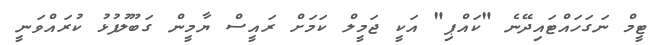
ޓީމް ނަގަހައްޓައިދޭނެ "ކައްޕި" އަކީ ޖަމީލް ކަމަށް ރައީސް ޔާމީން ގަބޫލުފުޅު ކުރައްވަނީ